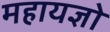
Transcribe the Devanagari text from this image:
महायज्ञो